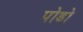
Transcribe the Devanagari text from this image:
पोडो